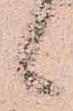
候